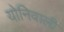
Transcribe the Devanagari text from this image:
योनिवाली